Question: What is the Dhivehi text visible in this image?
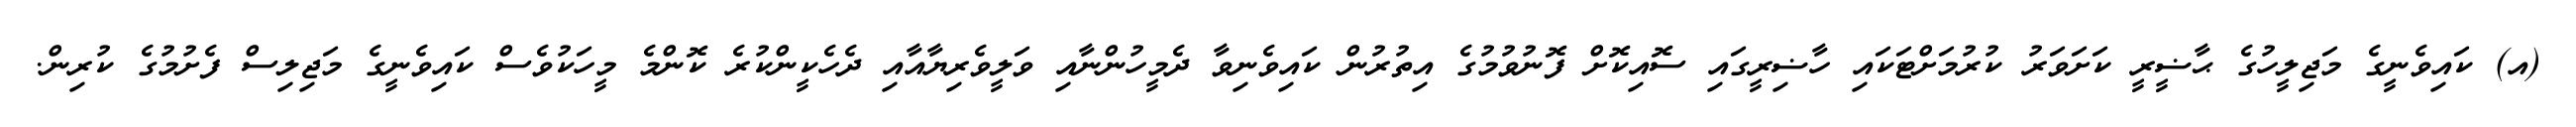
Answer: (އ) ކައިވެނީގެ މަޖިލީހުގެ ޙާޟީރީ ކަށަވަރު ކުރުމަށްޓަކައި ހާޟިރީގައި ސޮއިކޮށް ފޮނުވުމުގެ އިތުރުން ކައިވެނިވާ ދެމީހުންނާއި ވަލީވެރިޔާއާއި ދެހެކީންކުރެ ކޮންމެ މީހަކުވެސް ކައިވެނީގެ މަޖިލިސް ފެށުމުގެ ކުރިން.